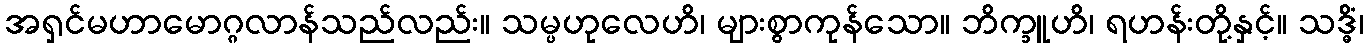
အရှင်မဟာမောဂ္ဂလာန်သည်လည်း။ သမ္ပဟုလေဟိ၊ များစွာကုန်သော။ ဘိက္ခူဟိ၊ ရဟန်းတို့နှင့်။ သဒ္ဓိံ၊